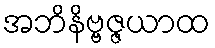
အဘိနိဗ္ဗဇ္ဇယာထ